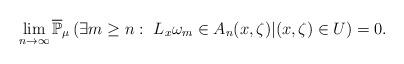
LaTeX: \begin{align*}\lim_{n\to\infty}\overline{\mathbb{P}}_{\mu}\left(\exists m\ge n:\ L_{x}\omega_{m}\in A_{n}(x,\zeta)|(x,\zeta)\in U\right)=0.\end{align*}